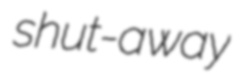
shut-away